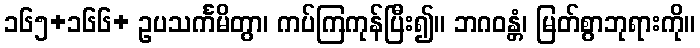
၁၆၅+၁၆၆+ ဥပသင်္ကမိတွာ၊ ကပ်ကြကုန်ပြီး၍။ ဘဂဝန္တံ၊ မြတ်စွာဘုရားကို။